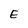
Character: E